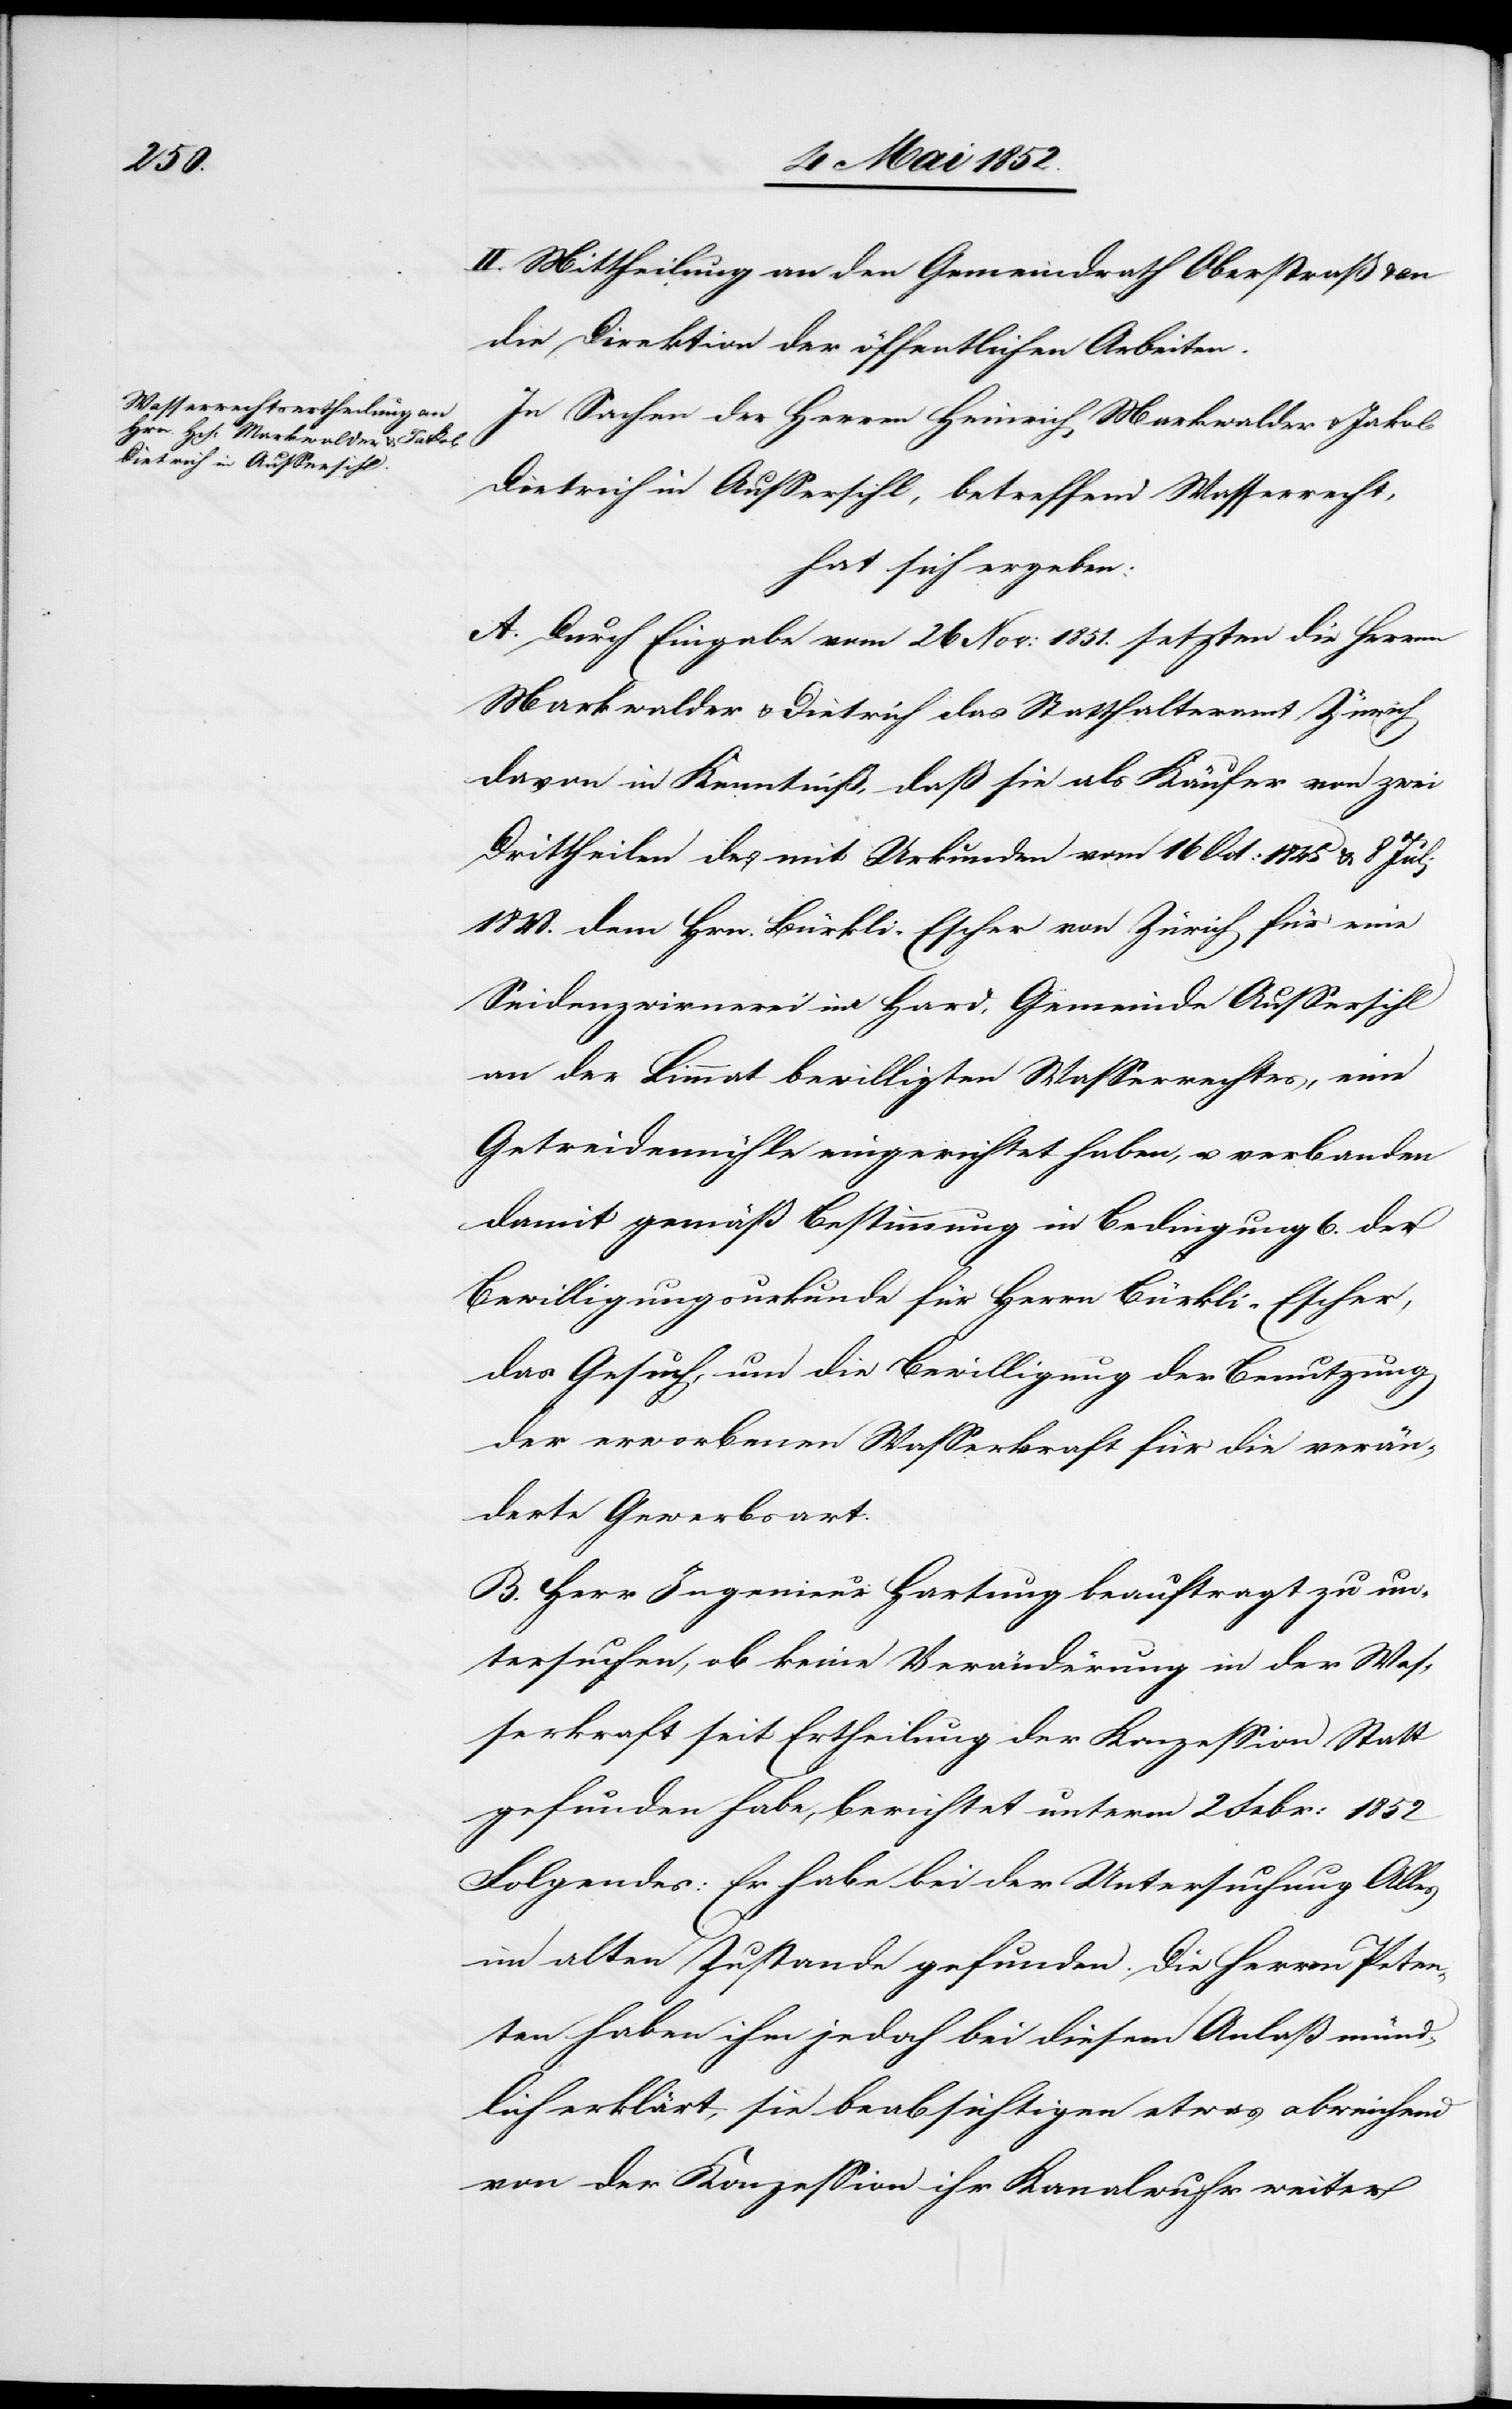
II. Mittheilung an den Gemeindrath Oberstraß & an
die Direktion der öffentlichen Arbeiten.
In Sachen der Herren Heinrich Markwalder & Jakob
Dietrich in Aussersihl, betreffend Wasserrecht,
hat sich ergeben:
A. Durch Eingabe vom 26 Nov: 1851. setzten die Herren
Markwalder & Dietrich das Statthalteramt Zürich
davon in Kenntniß, daß sie als Käufer von zwei
Drittheilen des mit Urkunden vom 16 Oct: 1845 & 8 Juli
1848. dem Hrn. Bürkli-Escher von Zürich für eine
Seidenzwirnerei im Hard, Gemeinde Aussersihl
an der Limmat bewilligten Wasserrechtes, eine
Getreidemühle eingerichtet haben, u. verbanden
damit gemäß Bestimmung in Bedingung 6. der
Bewilligungsurkunde für Herrn Bürkli-Escher,
das Gesuch, um die Bewilligung der Benutzung
der erworbenen Wasserkraft für die verän¬
derte Gewerbsart.
B. Herr Ingenieur Hartung beauftragt zu un¬
tersuchen, ob keine Veränderung in der Was¬
serkraft seit Ertheilung der Konzession Statt
gefunden habe, berichtet unterm 2 Febr: 1852
Folgendes: Er habe bei der Untersuchung Alles
im alten Zustande gefunden. Die Herren Peten¬
ten haben ihm jedoch bei diesem Anlaß münd¬
lich erklärt, sie beabsichtigen etwas abweichend
von der Konzession ihr Kanalwuhr weiter